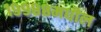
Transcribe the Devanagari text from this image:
१९९८८मधील